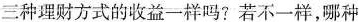
三种理财方式的收益一样吗?若不一样，哪种